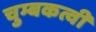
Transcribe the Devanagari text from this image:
चुम्बकत्वी